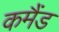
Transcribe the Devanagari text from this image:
कमैंड